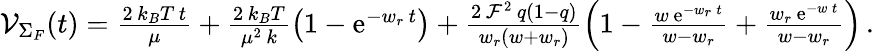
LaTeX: \begin{array}{r}{{\cal V}_{\Sigma_{F}}(t)=\frac{2\, k_{B}T\, t}{\mu}+\frac{2\, k_{B}T}{\mu^{2}\, k}\left(1-\mathrm{e}^{-w_{r}\, t}\right)+\frac{2\, {\cal F}^{2}\, q(1-q)}{w_{r}(w+w_{r})}\left(1-\frac{w\, \mathrm{e}^{-w_{r}\, t}}{w-w_{r}}+\frac{w_{r}\, \mathrm{e}^{-w\, t}}{w-w_{r}}\right)\, .}\end{array}